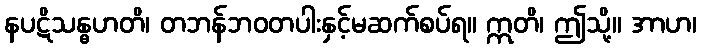
နပဋိသန္ဓဟတိ၊ တဘန်ဘဝတပါးနှင့်မဆက်စပ်ရ။ ဣတိ၊ ဤသို့။ အာဟ၊